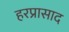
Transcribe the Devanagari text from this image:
हरप्रासाद